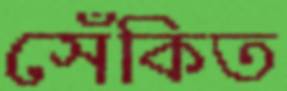
সেঁকিত